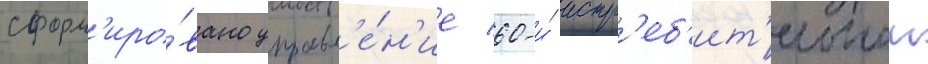
сформ'иро́вано управл'е́н'ие 60-и́ истр'еб'ит'ельнои